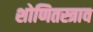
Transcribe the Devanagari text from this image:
शोणितस्त्राव